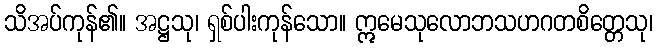
သိအပ်ကုန်၏။ အဋ္ဌသု၊ ရှစ်ပါးကုန်သော။ ဣမေသုလောဘသဟဂတစိတ္တေသု၊